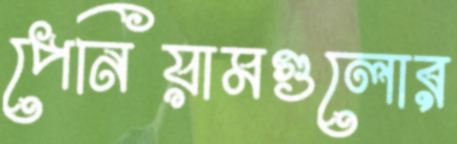
পেনিয়ামগুলোর